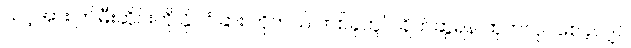
သင့်အား ဤမီးဆိုင်းကို နိုင်ငံခြား ဟိုတယ် တစ်ခုတွင် ချိတ်ဆွဲရန် ထုတ်လုပ်စေခဲ့လျှင်